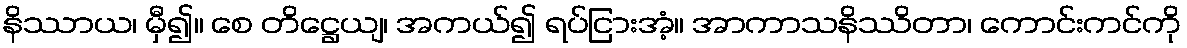
နိဿာယ၊ မှီ၍။ စေ တိဋ္ဌေယျ၊ အကယ်၍ ရပ်ငြားအံ့။ အာကာသနိဿိတာ၊ ကောင်းကင်ကို